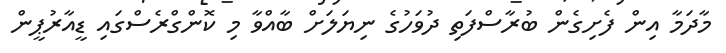
މާދަމާ އިން ފެށިގެން ބުރާސްފަތި ދުވަހުގެ ނިޔަލަށް ބާއްވާ މި ކޮންގްރެސްގައި ޑީއާރުޕީން